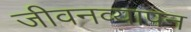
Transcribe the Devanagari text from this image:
जीवनव्यापन